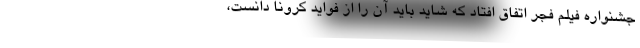
جشنواره فیلم فجر اتفاق افتاد که شاید باید آن را از فواید کرونا دانست،